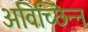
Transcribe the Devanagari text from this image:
अविच्छिन्‍न